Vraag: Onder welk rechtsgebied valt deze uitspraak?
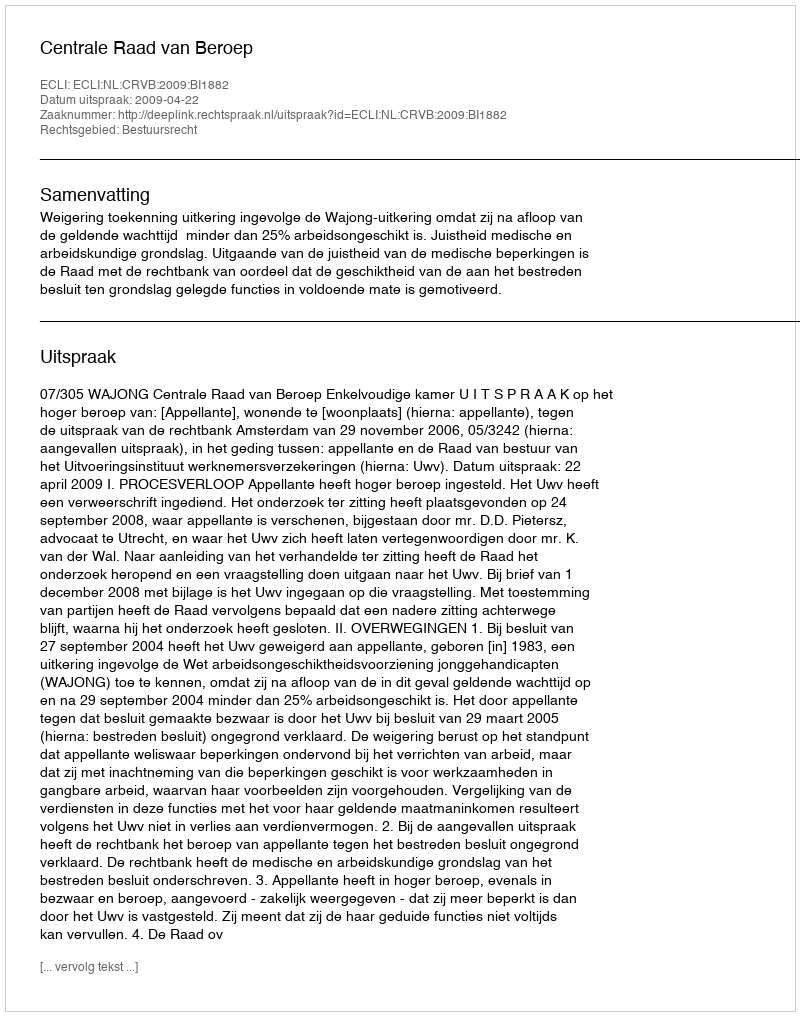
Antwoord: Bestuursrecht